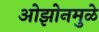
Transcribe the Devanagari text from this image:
ओझोनमुळे